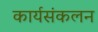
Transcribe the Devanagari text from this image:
कार्यसंकलन